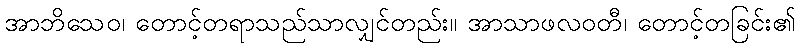
အာဘိသေဝ၊ တောင့်တရာသည်သာလျှင်တည်း။ အာသာဖလဝတီ၊ တောင့်တခြင်း၏